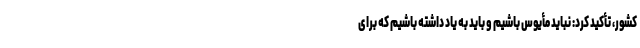
کشور، تأکید کرد: نباید مأیوس باشیم و باید به یاد داشته باشیم که برای